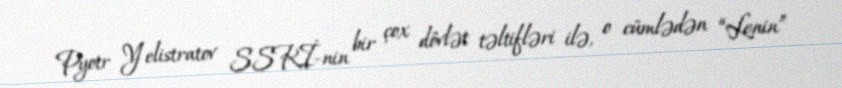
Pyotr Yelistratov SSRİ-nin bir çox dövlət təltifləri ilə, o cümlədən “Lenin”